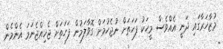
މުޒާހަރާގައި ދަނީ އެއްވެސް މީހަކު ފަހަތަށް ނުޖެހުމަށް ގޮވާލަމުން ފަހަތަށް ޖެހިއްޖެނަމަ އެންމެން